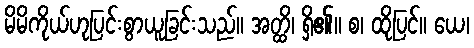
မိမိကိုယ်ဟုပြင်းစွာယူခြင်းသည်။ အတ္ထိ၊ ရှိ၏။ စ၊ ထိုပြင်။ ယေ၊